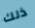
ذلك